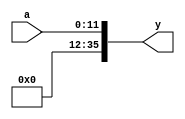
module sign_ext (
  input [11:0] a,
  output [35:0] y
);

  assign y = {24'b0, a};
  
endmodule